Lunatic asylums in Bengal annual reports 1912-1924 - 1912-1924
Year: 1912
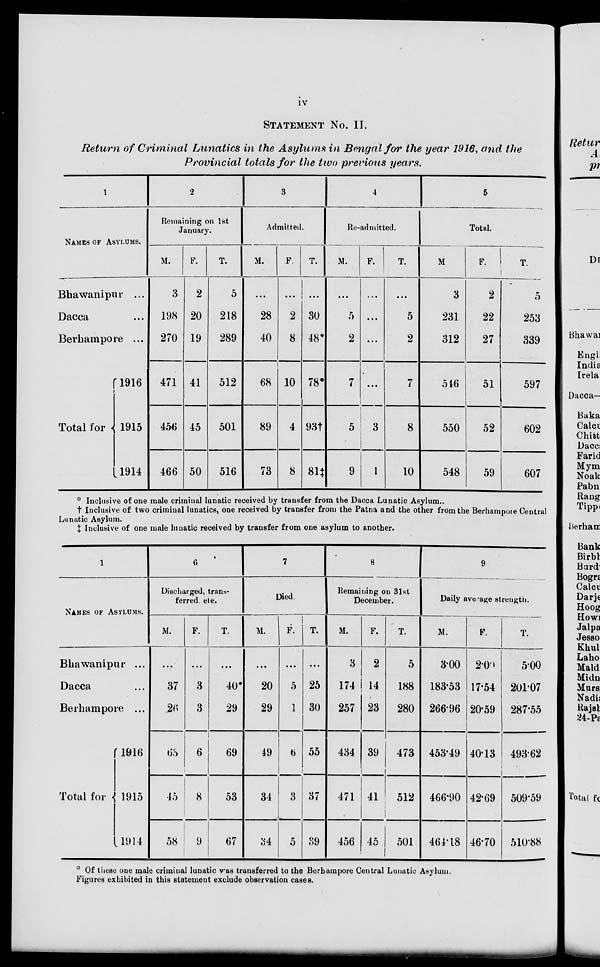
iv
STATEMENT No. II.
Return of Criminal Lunatics in the Asylums in Bengal for the year 1916, and the
Provincial totals for the two previous years.
1
NAMES OF ASYLUMS.
Bhawanipur ...
Dacca
...
Berhampore ...
Total for
1916
1915
1914
2
Remaining on 1st
January.
M.
3
198
270
471
456
466
F.
2
20
19
41
45
50
T.
5
218
289
512
501
516
3
Admitted.
M.
...
28
40
68
89
73
F.
...
2
8
10
4
8
T.
...
30
48*
78*
93†
81‡
4
Re-admitted.
M.
...
5
2
7
5
9
F.
...
...
...
...
3
1
T.
...
5
2
7
8
10
5
Total.
M.
3
231
312
546
550
548
F.
2
22
27
51
52
59
T.
5
253
339
597
602
607
* Inclusive of one male criminal lunatic received by transfer from the Dacca Lunatic Asylum..
† Inclusive of two criminal lunatics, one received by transfer from the Patna and the other from the Berhampore Central
Lunatic Asylum.
‡ Inclusive of one male lunatic received by transfer from one asylum to another.
1
NAMES OF ASYLUMS.
Bhawanipur ...
Dacca ...
Berhampore ...
Total for
1916
1915
1914
6
Discharged, trans-
ferred etc.
M.
...
37
26
63
45
58
F.
...
3
3
6
8
9
T.
...
40*
29
69
53
67
7
Died.
M.
...
20
29
49
34
34
F.
...
5
1
6
3
5
T.
...
25
30
55
37
39
8
Remaining on 31st
December.
M.
3
174
257
434
471
456
F.
2
14
23
39
41
45
T.
5
188
280
473
512
501
9
Daily average strength.
M.
3.00
183.53
266.96
453.49
466.90
464.18
F.
2.00
17.54
20.59
40.13
42.69
46.70
T.
5.00
201.07
287.55
493.62
509.59
510.88
* Of these one male criminal lunatic was transferred to the Berhampore Central Lunatic Asylum.
Figures exhibited in this statement exclude observation cases.